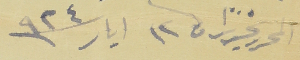
المحرر تحريراً في ١٢ ايار سنة ٩٢٤